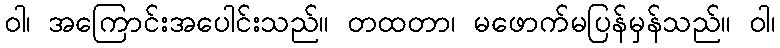
ဝါ၊ အကြောင်းအပေါင်းသည်။ တထတာ၊ မဖောက်မပြန်မှန်သည်။ ဝါ၊